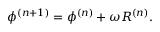
\phi ^ { ( n + 1 ) } = \phi ^ { ( n ) } + \omega R ^ { ( n ) } .